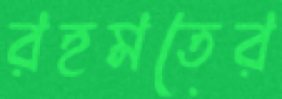
রহমতের